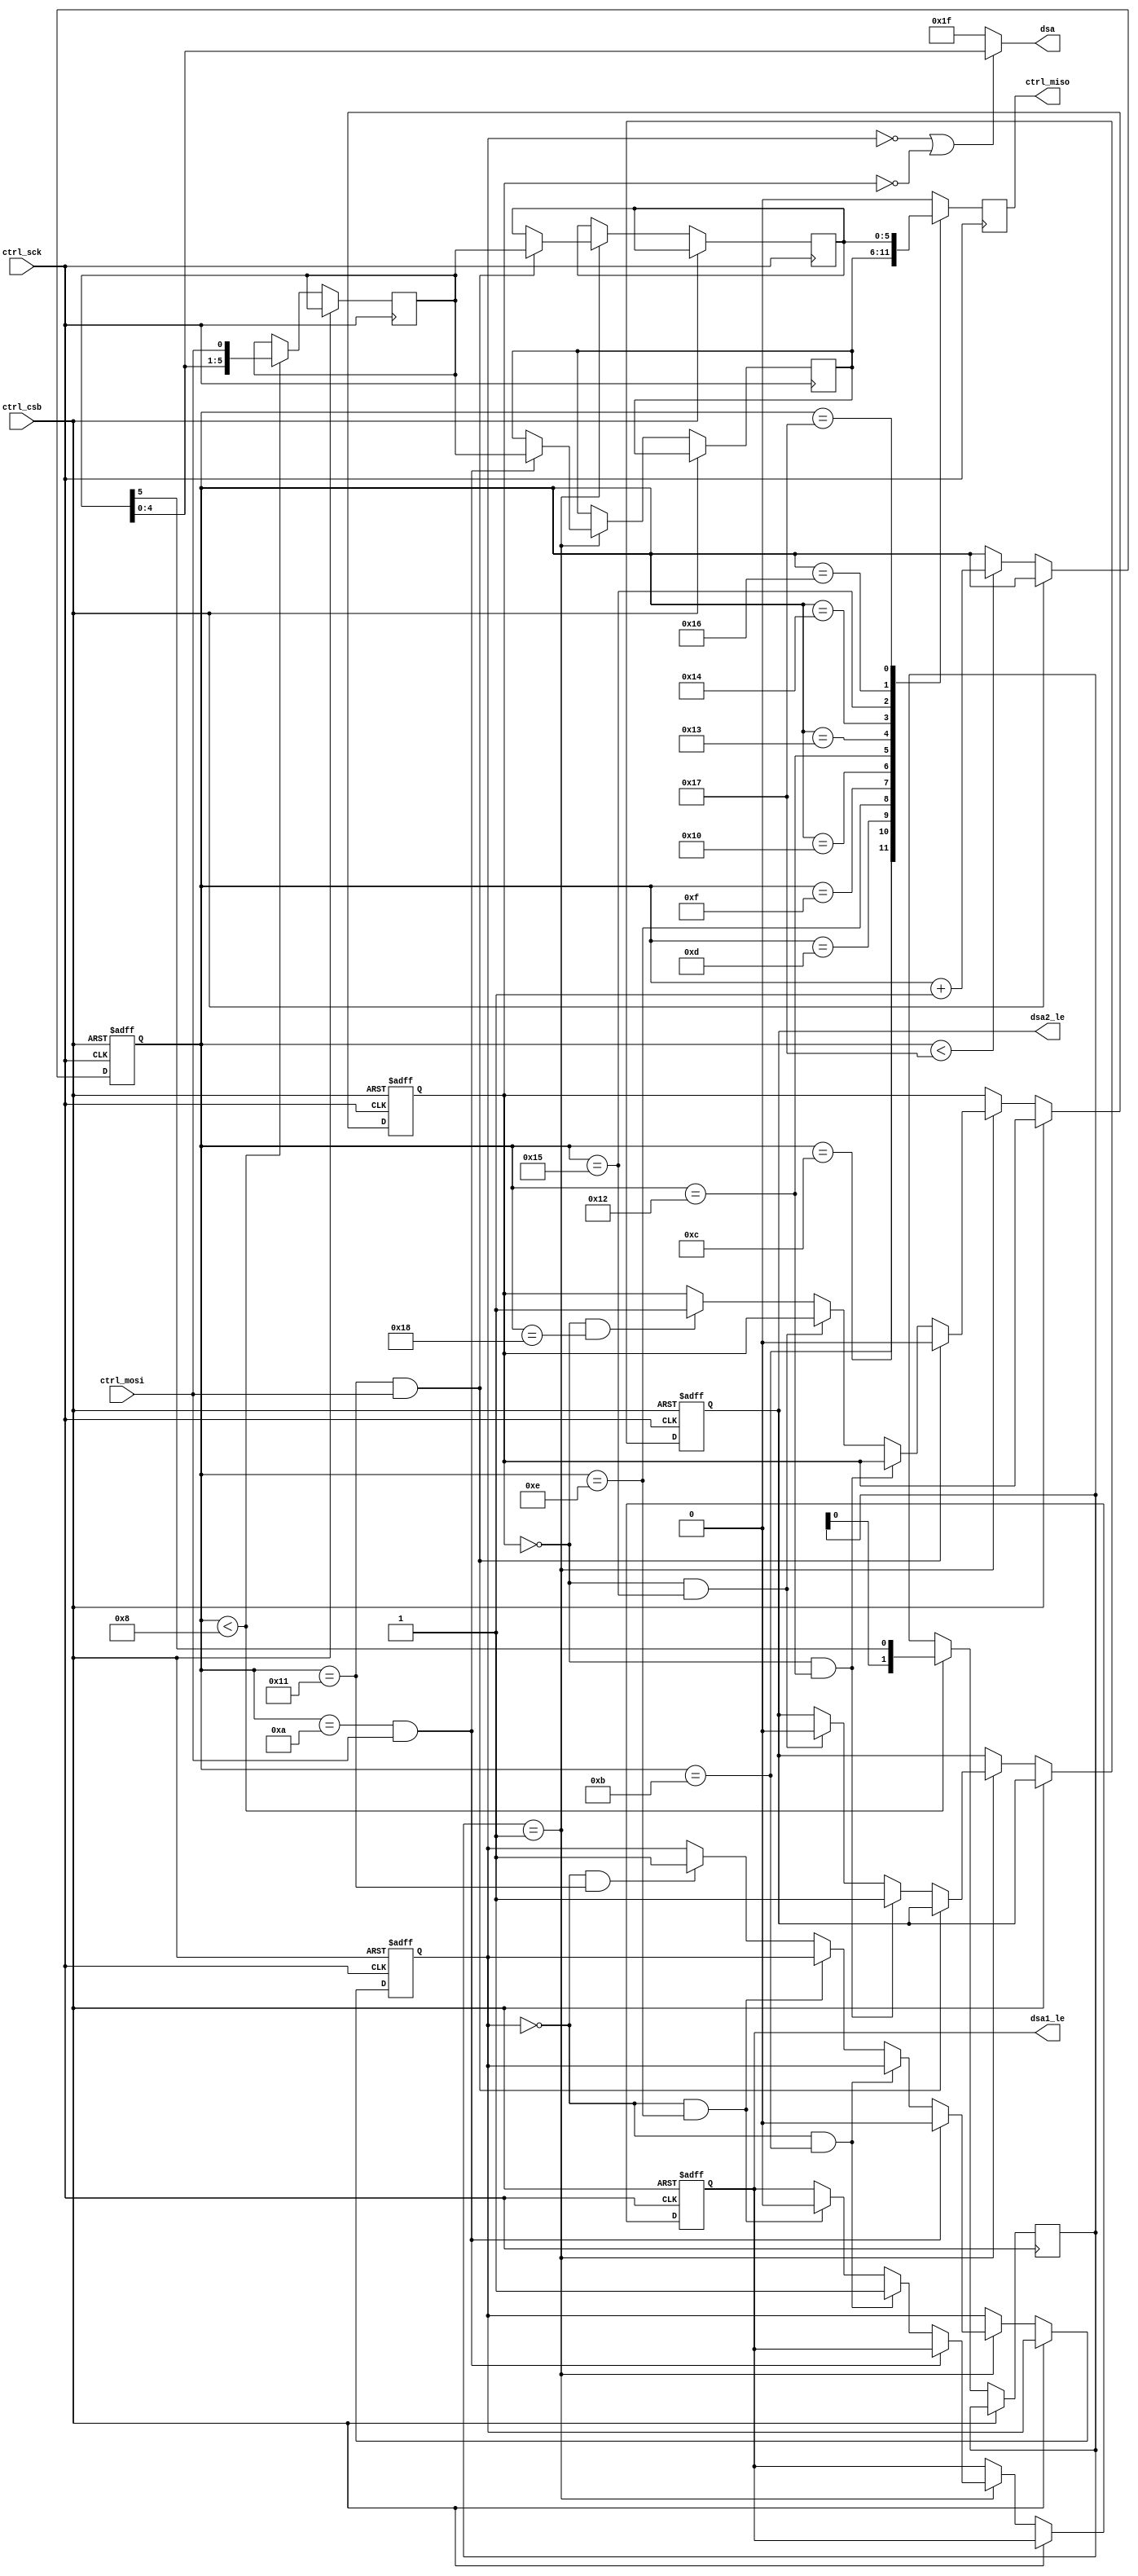
///////////////////////////////////////////////////////////////////
//
// Copyright 2018 Ettus Research, A National Instruments Company
//
// SPDX-License-Identifier: LGPL-3.0-or-later
//
// Module: rhodium_lo_gain
// Description:
//   LO Gain controller for Rhodium
//   Implements a gain index register (not a table)
//
//   Provides 1 SPI slave:
//     The "ctrl" slave takes in a gain index and drives the DSA with that
//     value.
//   The SPI formats are provided below.
//////////////////////////////////////////////////////////////////////

`default_nettype none

/**
* SPI DATA FORMAT (left-most bit is first)
*   CTRL
*     M {table_sel[1:0], rsvd, gain[4:0], rsvd[1:0], wr_dsa1, ------rsvd[5:0], wr_dsa2, ----rsvd[5:0]
*     S {-------------------------------, --------------rsvd[3:0], gain1[4:0], -rsvd[1:0], gain2[4:0]}
*/
module rhodium_lo_gain #(
  parameter TABLE_NUM = 2'b01
) (
  input  wire       ctrl_sck,
  input  wire       ctrl_csb,
  input  wire       ctrl_mosi,
  output reg        ctrl_miso,
  output wire [4:0] dsa,
  output reg        dsa1_le,
  output reg        dsa2_le
);

localparam CNT_GAIN1_DRIVE = 10,
           CNT_DSA1_LE_RISE = 11,
           CNT_DSA1_LE_FALL = 14,
           CNT_GAIN1_RELEASE = 17;
localparam CNT_GAIN2_DRIVE = 17,
           CNT_DSA2_LE_RISE = 18,
           CNT_DSA2_LE_FALL = 21,
           CNT_GAIN2_RELEASE = 24;

reg  [4:0]  ctrl_bit_cnt;
reg  [1:0]  ctrl_tbl;
reg  [5:0]  ctrl_index;
reg  [5:0]  gain1, gain2;
reg gain1_t;
reg gain2_t;

assign dsa = (!gain1_t | !gain2_t) ? ctrl_index[4:0] : 5'b11111;

// Cycle counter for where we are in protocol and shift register for input
// Also controls timing of DSAs' latch enable signals
always @ (posedge ctrl_sck or posedge ctrl_csb)
begin
  if (ctrl_csb) begin
    ctrl_bit_cnt <= 5'd0;
    dsa1_le      <= 1'b0;
    dsa2_le      <= 1'b0;
    gain1_t      <= 1'b1;
    gain2_t      <= 1'b1;
  end else if (!ctrl_csb) begin
    if (ctrl_bit_cnt < 23) begin
      ctrl_bit_cnt <= ctrl_bit_cnt + 5'd1;
    end

    if (ctrl_bit_cnt < 8) begin
      {ctrl_tbl, ctrl_index} <= {ctrl_tbl[0], ctrl_index, ctrl_mosi};
    end

    if (ctrl_tbl == TABLE_NUM) begin
      if ((ctrl_bit_cnt == CNT_GAIN1_DRIVE) && (ctrl_mosi)) begin
        gain1   <= ctrl_index;
        gain1_t <= 1'b0;
      end else if ((gain1_t == 1'b0) && (ctrl_bit_cnt == CNT_DSA1_LE_RISE)) begin
        dsa1_le <= 1'b1;
      end else if ((gain1_t == 1'b0) && (ctrl_bit_cnt == CNT_DSA1_LE_FALL)) begin
        dsa1_le <= 1'b0;
      end else if ((gain1_t == 1'b0) && (ctrl_bit_cnt == CNT_GAIN1_RELEASE)) begin
        gain1_t <= 1'b1;
      end

      if ((ctrl_bit_cnt == CNT_GAIN2_DRIVE) && (ctrl_mosi)) begin
        gain2   <= ctrl_index;
        gain2_t <= 1'b0;
      end else if ((gain2_t == 1'b0) && (ctrl_bit_cnt == CNT_DSA2_LE_RISE)) begin
        dsa2_le <= 1'b1;
      end else if ((gain2_t == 1'b0) && (ctrl_bit_cnt == CNT_DSA2_LE_FALL)) begin
        dsa2_le <= 1'b0;
      end else if ((gain2_t == 1'b0) && (ctrl_bit_cnt == CNT_GAIN2_RELEASE)) begin
        gain2_t <= 1'b1;
      end
    end
  end
end

// SPI readback for ctrl bus, based on current bit count
always @ (negedge ctrl_sck)
begin
  case (ctrl_bit_cnt) // Shift out on neg edge
  11:      ctrl_miso <= gain1[5];
  12:      ctrl_miso <= gain1[4];
  13:      ctrl_miso <= gain1[3];
  14:      ctrl_miso <= gain1[2];
  15:      ctrl_miso <= gain1[1];
  16:      ctrl_miso <= gain1[0];
  18:      ctrl_miso <= gain2[5];
  19:      ctrl_miso <= gain2[4];
  20:      ctrl_miso <= gain2[3];
  21:      ctrl_miso <= gain2[2];
  22:      ctrl_miso <= gain2[1];
  23:      ctrl_miso <= gain2[0];
  default: ctrl_miso <= 1'b0;
  endcase
end


endmodule // rhodium_lo_gain
`default_nettype wire